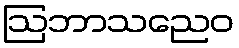
ဩဘာသညေဝ